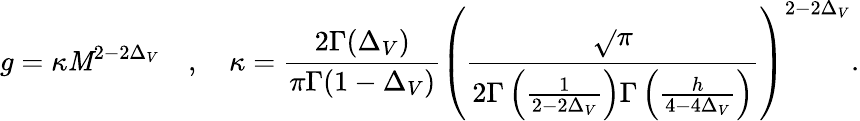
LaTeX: g=\kappa\mathit{M}^{2-2\Delta_{V}}\quad,\quad\kappa=\frac{{2\Gamma(\Delta_{V})}}{{\pi\Gamma(1-\Delta_{V})}}\left(\frac{{\sqrt{}{{\pi}}}}{{2\Gamma\left(\frac{{1}}{{2-2\Delta_{V}}}\right)\Gamma\left(\frac{{h}}{{4-4\Delta_{V}}}\right)}}\right)^{2-2\Delta_{V}}.